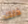
ذلك